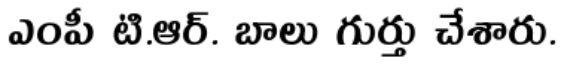
ఎంపీ టి.ఆర్. బాలు గుర్తు చేశారు.